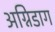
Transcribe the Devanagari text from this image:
अग्निडाग